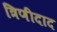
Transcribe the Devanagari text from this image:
त्रिणीदाद